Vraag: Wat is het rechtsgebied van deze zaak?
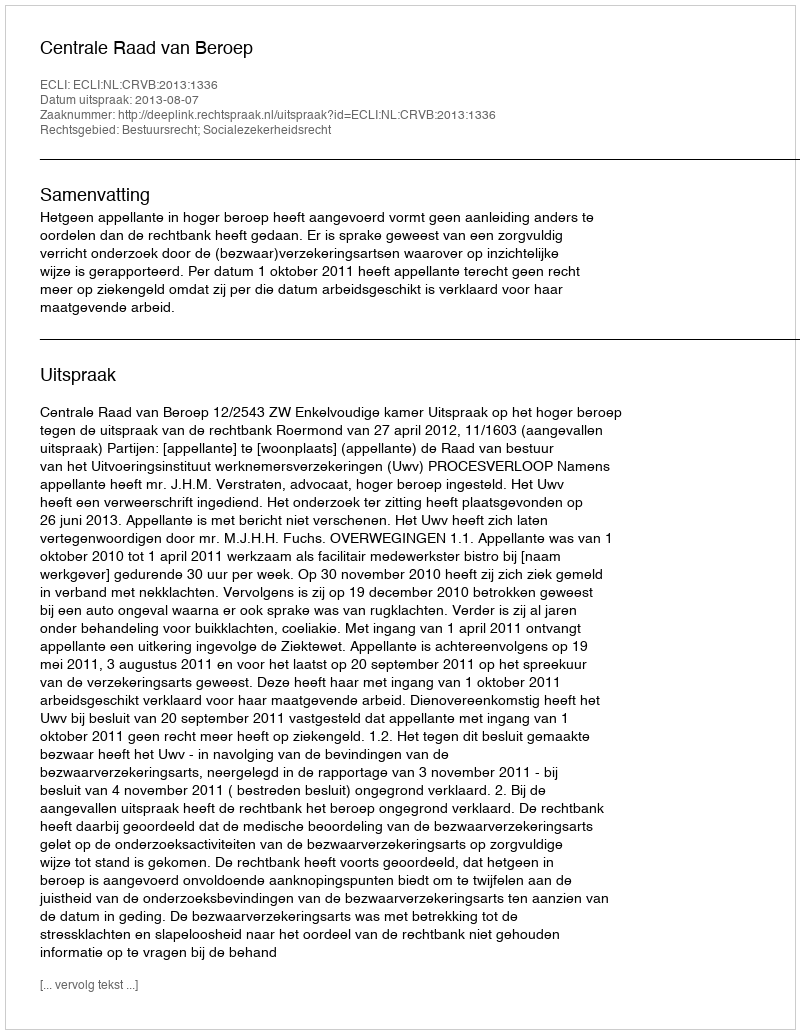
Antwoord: Bestuursrecht; Socialezekerheidsrecht